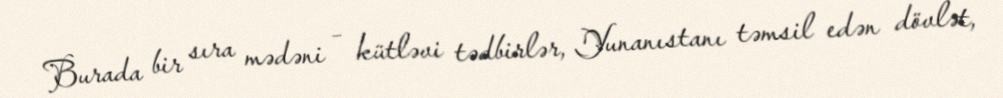
Burada bir sıra mədəni – kütləvi tədbirlər, Yunanıstanı təmsil edən dövlət,